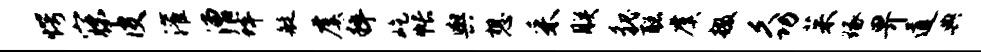
愕寐皮灌漕蜂艇虞粹屹帐舆想采朕貌聪虞掇久功茱琢畀道典